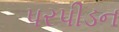
પરપીડન